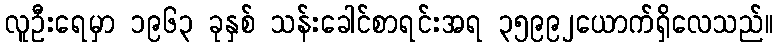
လူဦးရေမှာ ၁၉၆၃ ခုနှစ် သန်းခေါင်စာရင်းအရ ၃၅၉၉၂ယောက်ရှိလေသည်။